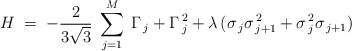
\begin{align*}H\; =\; - \frac{2}{3\sqrt{3}}\; \sum_{j=1}^{M}\; \Gamma_{\, j} +\Gamma_{\,j}^{\, 2} + \lambda\, ( \sigma_{\, j}\sigma_{\, j+1}^{\, 2}+ \sigma_{\, j}^{\,2}\sigma_{\, j+1} )\end{align*}